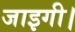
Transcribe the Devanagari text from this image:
जाइगी।